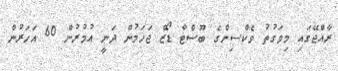
ރާއްޖޭގައި މިވަގުތު ވެކްސިންގެ ބޫސްޓާ ޑޯޒް ޖަހަމުން ދަނީ އުމުރުން 60 އަހަރުން